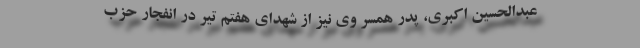
عبدالحسین اکبری، پدر همسر وی نیز از شهدای هفتم تیر در انفجار حزب